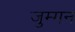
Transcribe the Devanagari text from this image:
जुम्मन